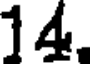
14.